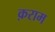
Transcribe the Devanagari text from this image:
क़राम